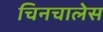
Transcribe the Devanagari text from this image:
चिनचालेस